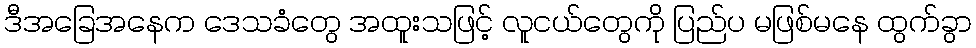
ဒီအခြေအနေက ဒေသခံတွေ အထူးသဖြင့် လူငယ်တွေကို ပြည်ပ မဖြစ်မနေ ထွက်ခွာ